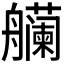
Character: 𫇡